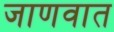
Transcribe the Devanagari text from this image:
जाणवात